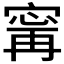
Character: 𫳬